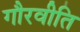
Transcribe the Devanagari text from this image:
गौरवीति